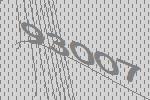
93007